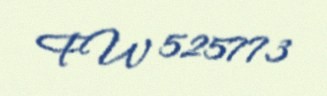
FW 525773